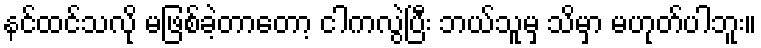
နင်ထင်သလို မဖြစ်ခဲ့တာတော့ ငါကလွဲပြီး ဘယ်သူမှ သိမှာ မဟုတ်ပါဘူး။